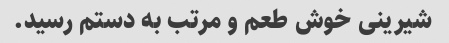
شیرینی خوش طعم و مرتب به دستم رسید.